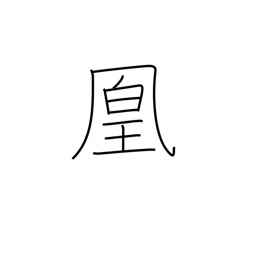
Meaning: female phoenix bird